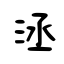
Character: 洆